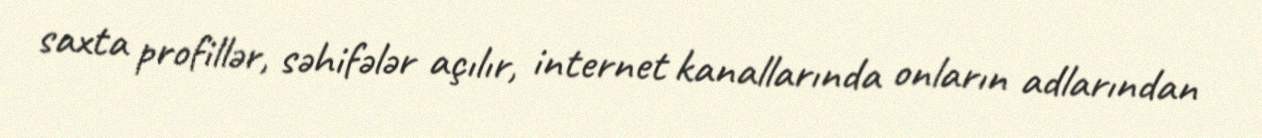
saxta profillər, səhifələr açılır, internet kanallarında onların adlarından